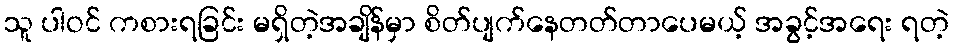
သူ ပါဝင် ကစားရခြင်း မရှိတဲ့အချိန်မှာ စိတ်ပျက်နေတတ်တာပေမယ့် အခွင့်အရေး ရတဲ့